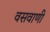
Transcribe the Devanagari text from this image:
वसवाणी